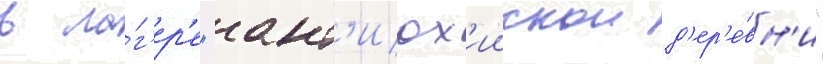
в ла́г'ер'е "ант'иох'иискои д'ер'е́вн'и"